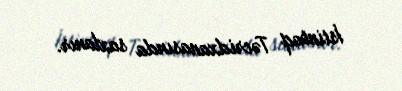
İstintaq Təcridxanasında saxlanır.